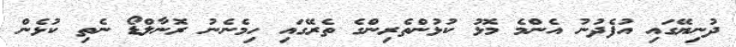
ދުނިޔޭގައި އުފެދުނު އެންމެ މޮޅު ކުޅުންތެރިންގެ ތެރޭގައި ހިމެނެނު ރޮނާލްޑޯ ނެތި ކުޅެން